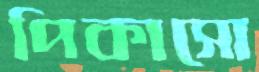
পিকাসো